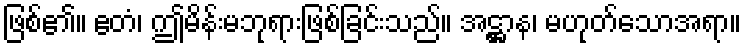
ဖြစ်၏။ ဧတံ၊ ဤမိန်းမဘုရားဖြစ်ခြင်းသည်။ အဋ္ဌာန၊ မဟုတ်သောအရာ။